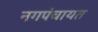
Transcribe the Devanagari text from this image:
नगपंचायत